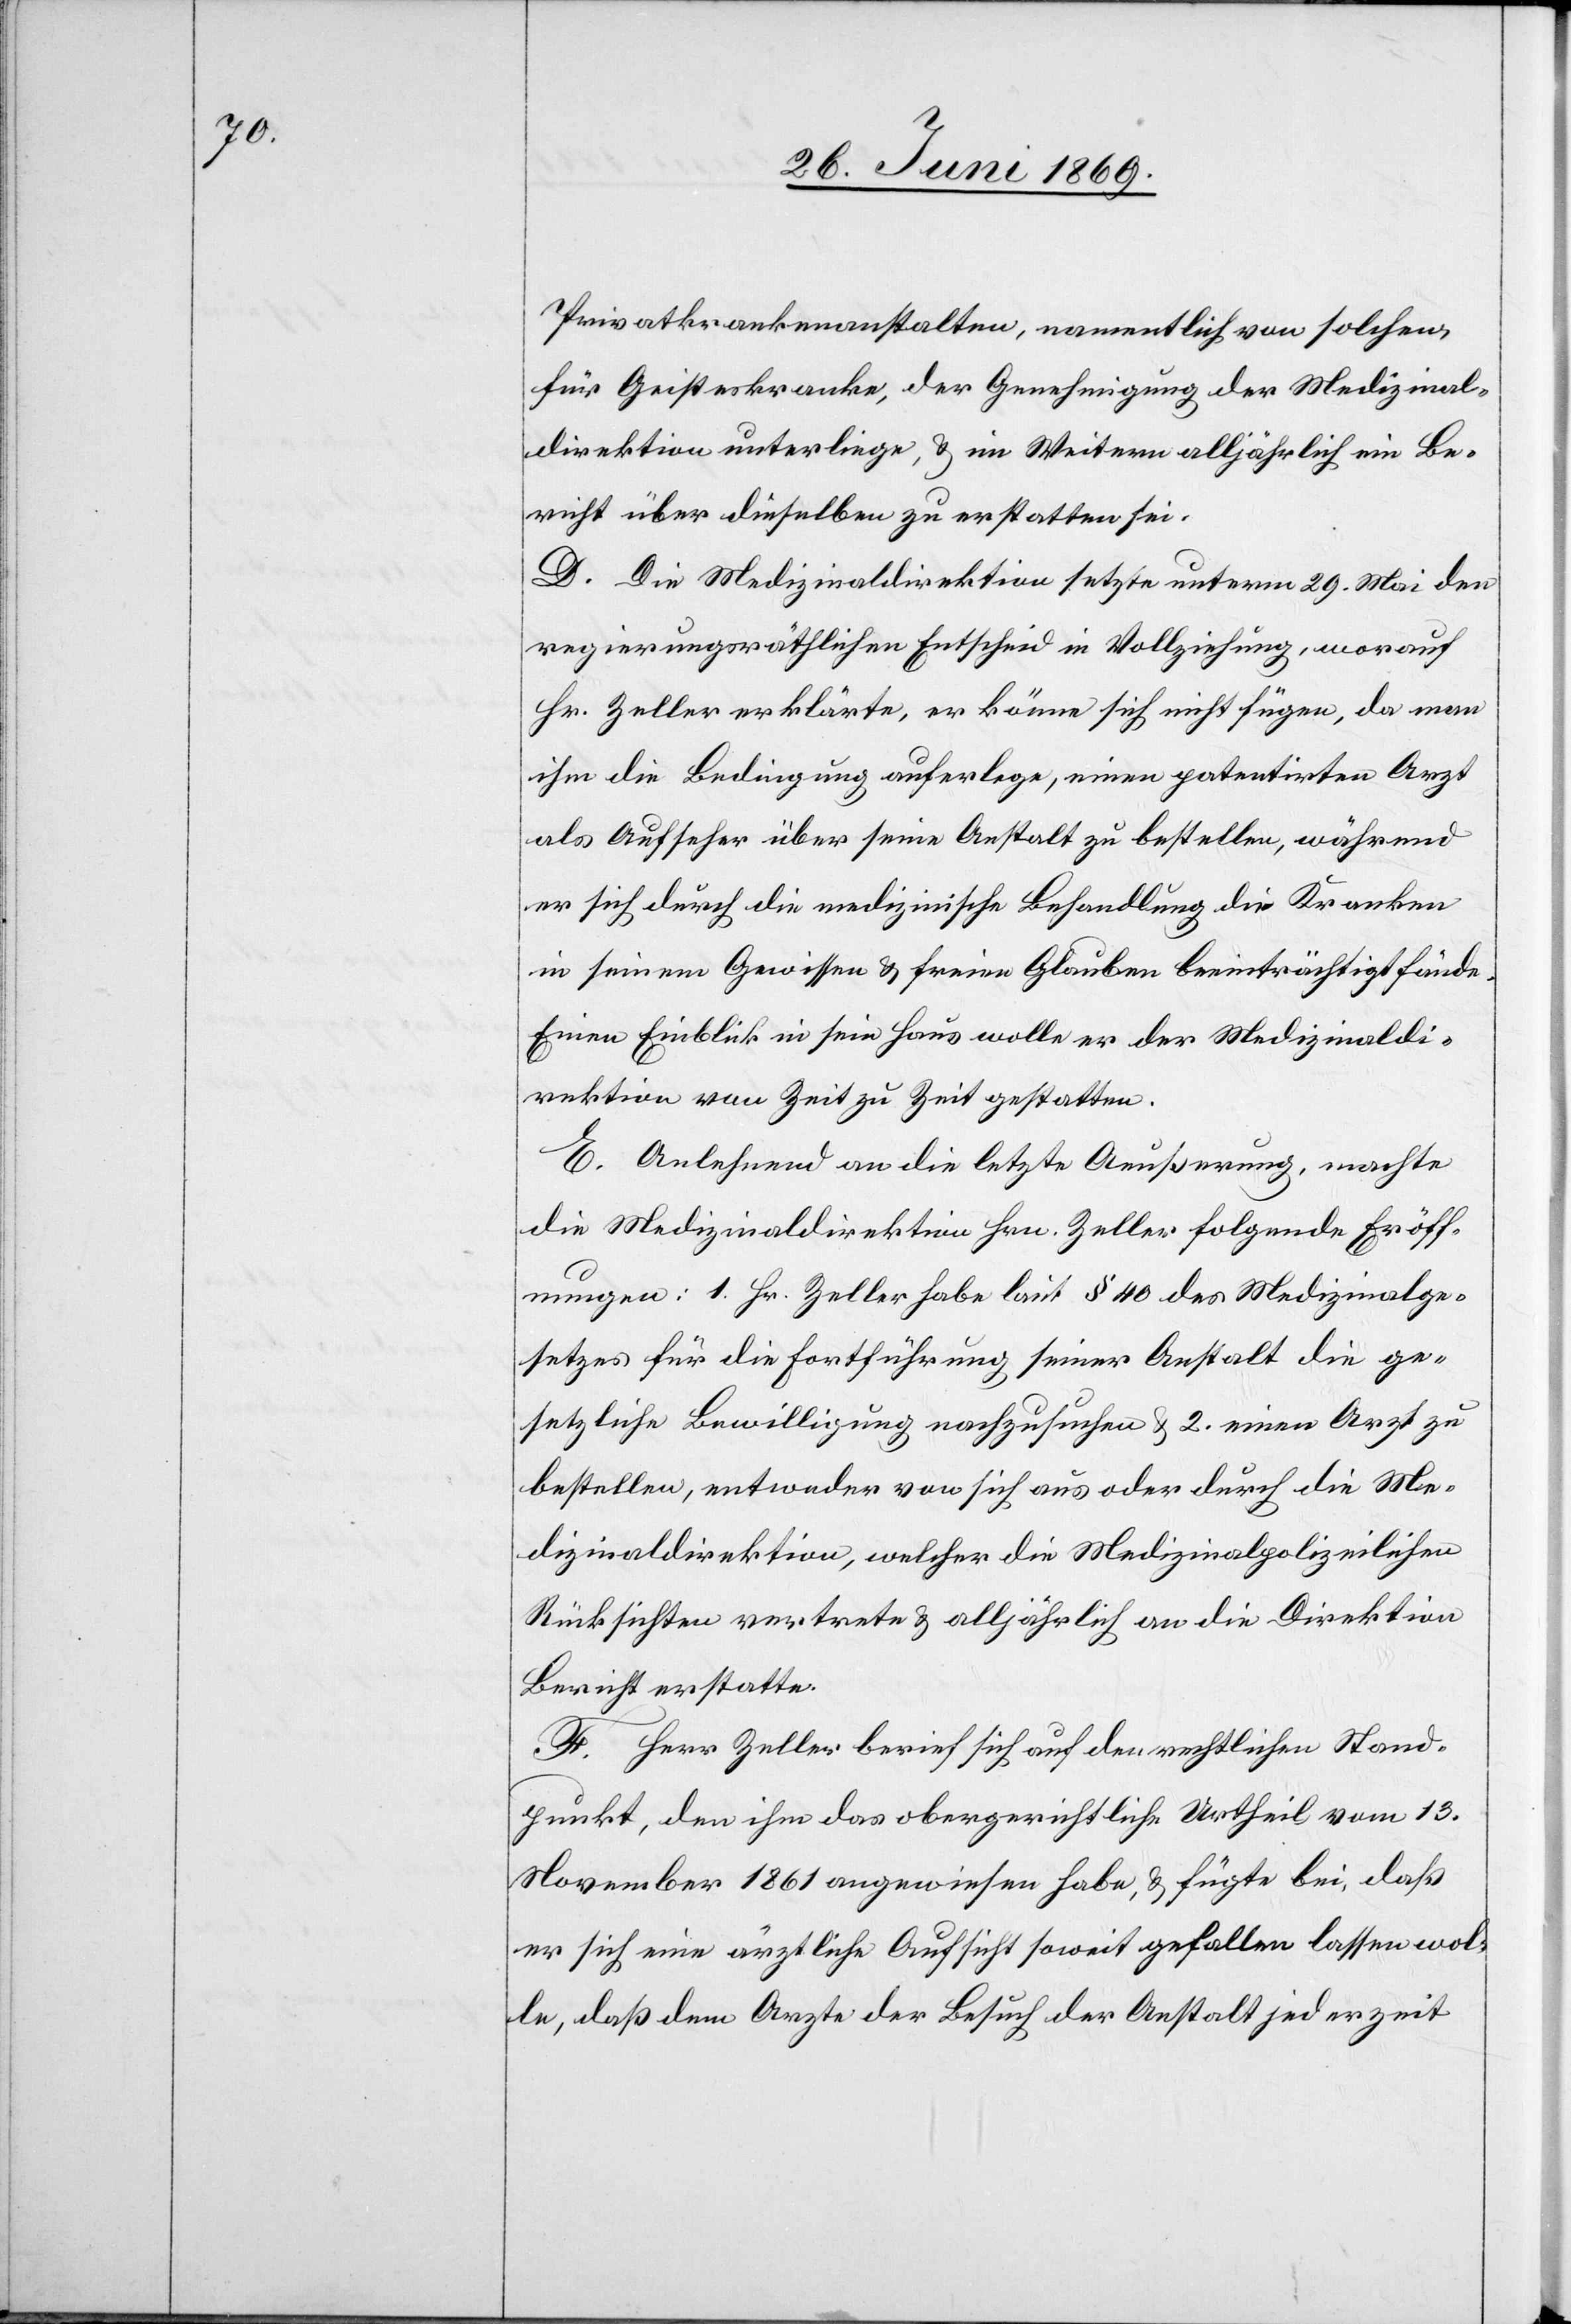
Privatkrankenanstalten, namentlich von solchen,
für Geisteskranke, der Genehmigung der Medizinal¬
direktion unterliege, u. im Weitern alljährlich ein Be¬
richt über dieselben zu erstatten sei.
D. Die Medizinaldirektion setzte unterm 29 Mai den
regierungsräthlichen Entscheid in Vollziehung, worauf
Hr. Zeller erklärte, er könne sich nicht fügen, da man
ihm die Bedingung auferlege, einen patentirten Arzt
als Aufseher über seine Anstalt zu bestellen, während
er sich durch die medizinische Behandlung der Kranken
in seinem Gewissen u. freien Glauben beeinträchtigt fände.
Einen Einblick in sein Haus wolle er der Medizinaldi¬
rektion von Zeit zu Zeit gestatten.
E. Anlehnend an die letzte Aeußerung, machte
die Medizinaldirektion Hrn. Zeller folgende Eröff¬
nungen: 1. Hr. Zeller habe laut § 40 des Medizinalge¬
setzes für die Fortführung seiner Anstalt die ge¬
setzliche Bewilligung nachzusuchen u. 2. einen Arzt zu
bestellen, entweder von sich aus oder durch die Me¬
dizinaldirektion, welcher die medizinalpolizeilichen
Rücksichten vertrete u. alljährlich an die Direktion
Bericht erstatte.
F. Herr Zeller berief sich auf den rechtlichen Stand¬
punkt, den ihm das obergerichtliche Urtheil vom 13
November 1861 angewiesen habe, u. fügte bei, daß
er sich eine ärztliche Aufsicht soweit gefallen lassen wol¬
le, daß dem Arzte der Besuch der Anstalt jederzeit